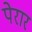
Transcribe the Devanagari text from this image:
पेरार